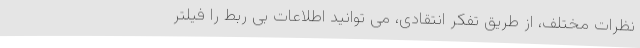
نظرات مختلف، از طریق تفکر انتقادی، می توانید اطلاعات بی ربط را فیلتر